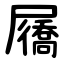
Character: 屩